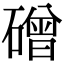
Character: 磳